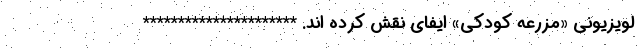
لویزیونی «مزرعه کودکی» ایفای نقش کرده اند. **********************